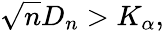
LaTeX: {\sqrt{n}}D_{n}>K_{\alpha},